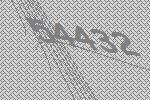
54432